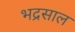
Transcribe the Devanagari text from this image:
भद्रसाल